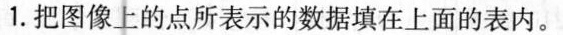
1.把图像上的点所表示的数据填在上面的表内。